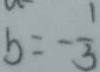
b = - \frac { 1 } { 3 }